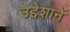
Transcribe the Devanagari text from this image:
उद्देशानें